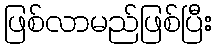
ဖြစ်လာမည်ဖြစ်ပြီး